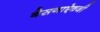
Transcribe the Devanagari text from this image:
बेसनाऐवजी